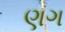
ણગ